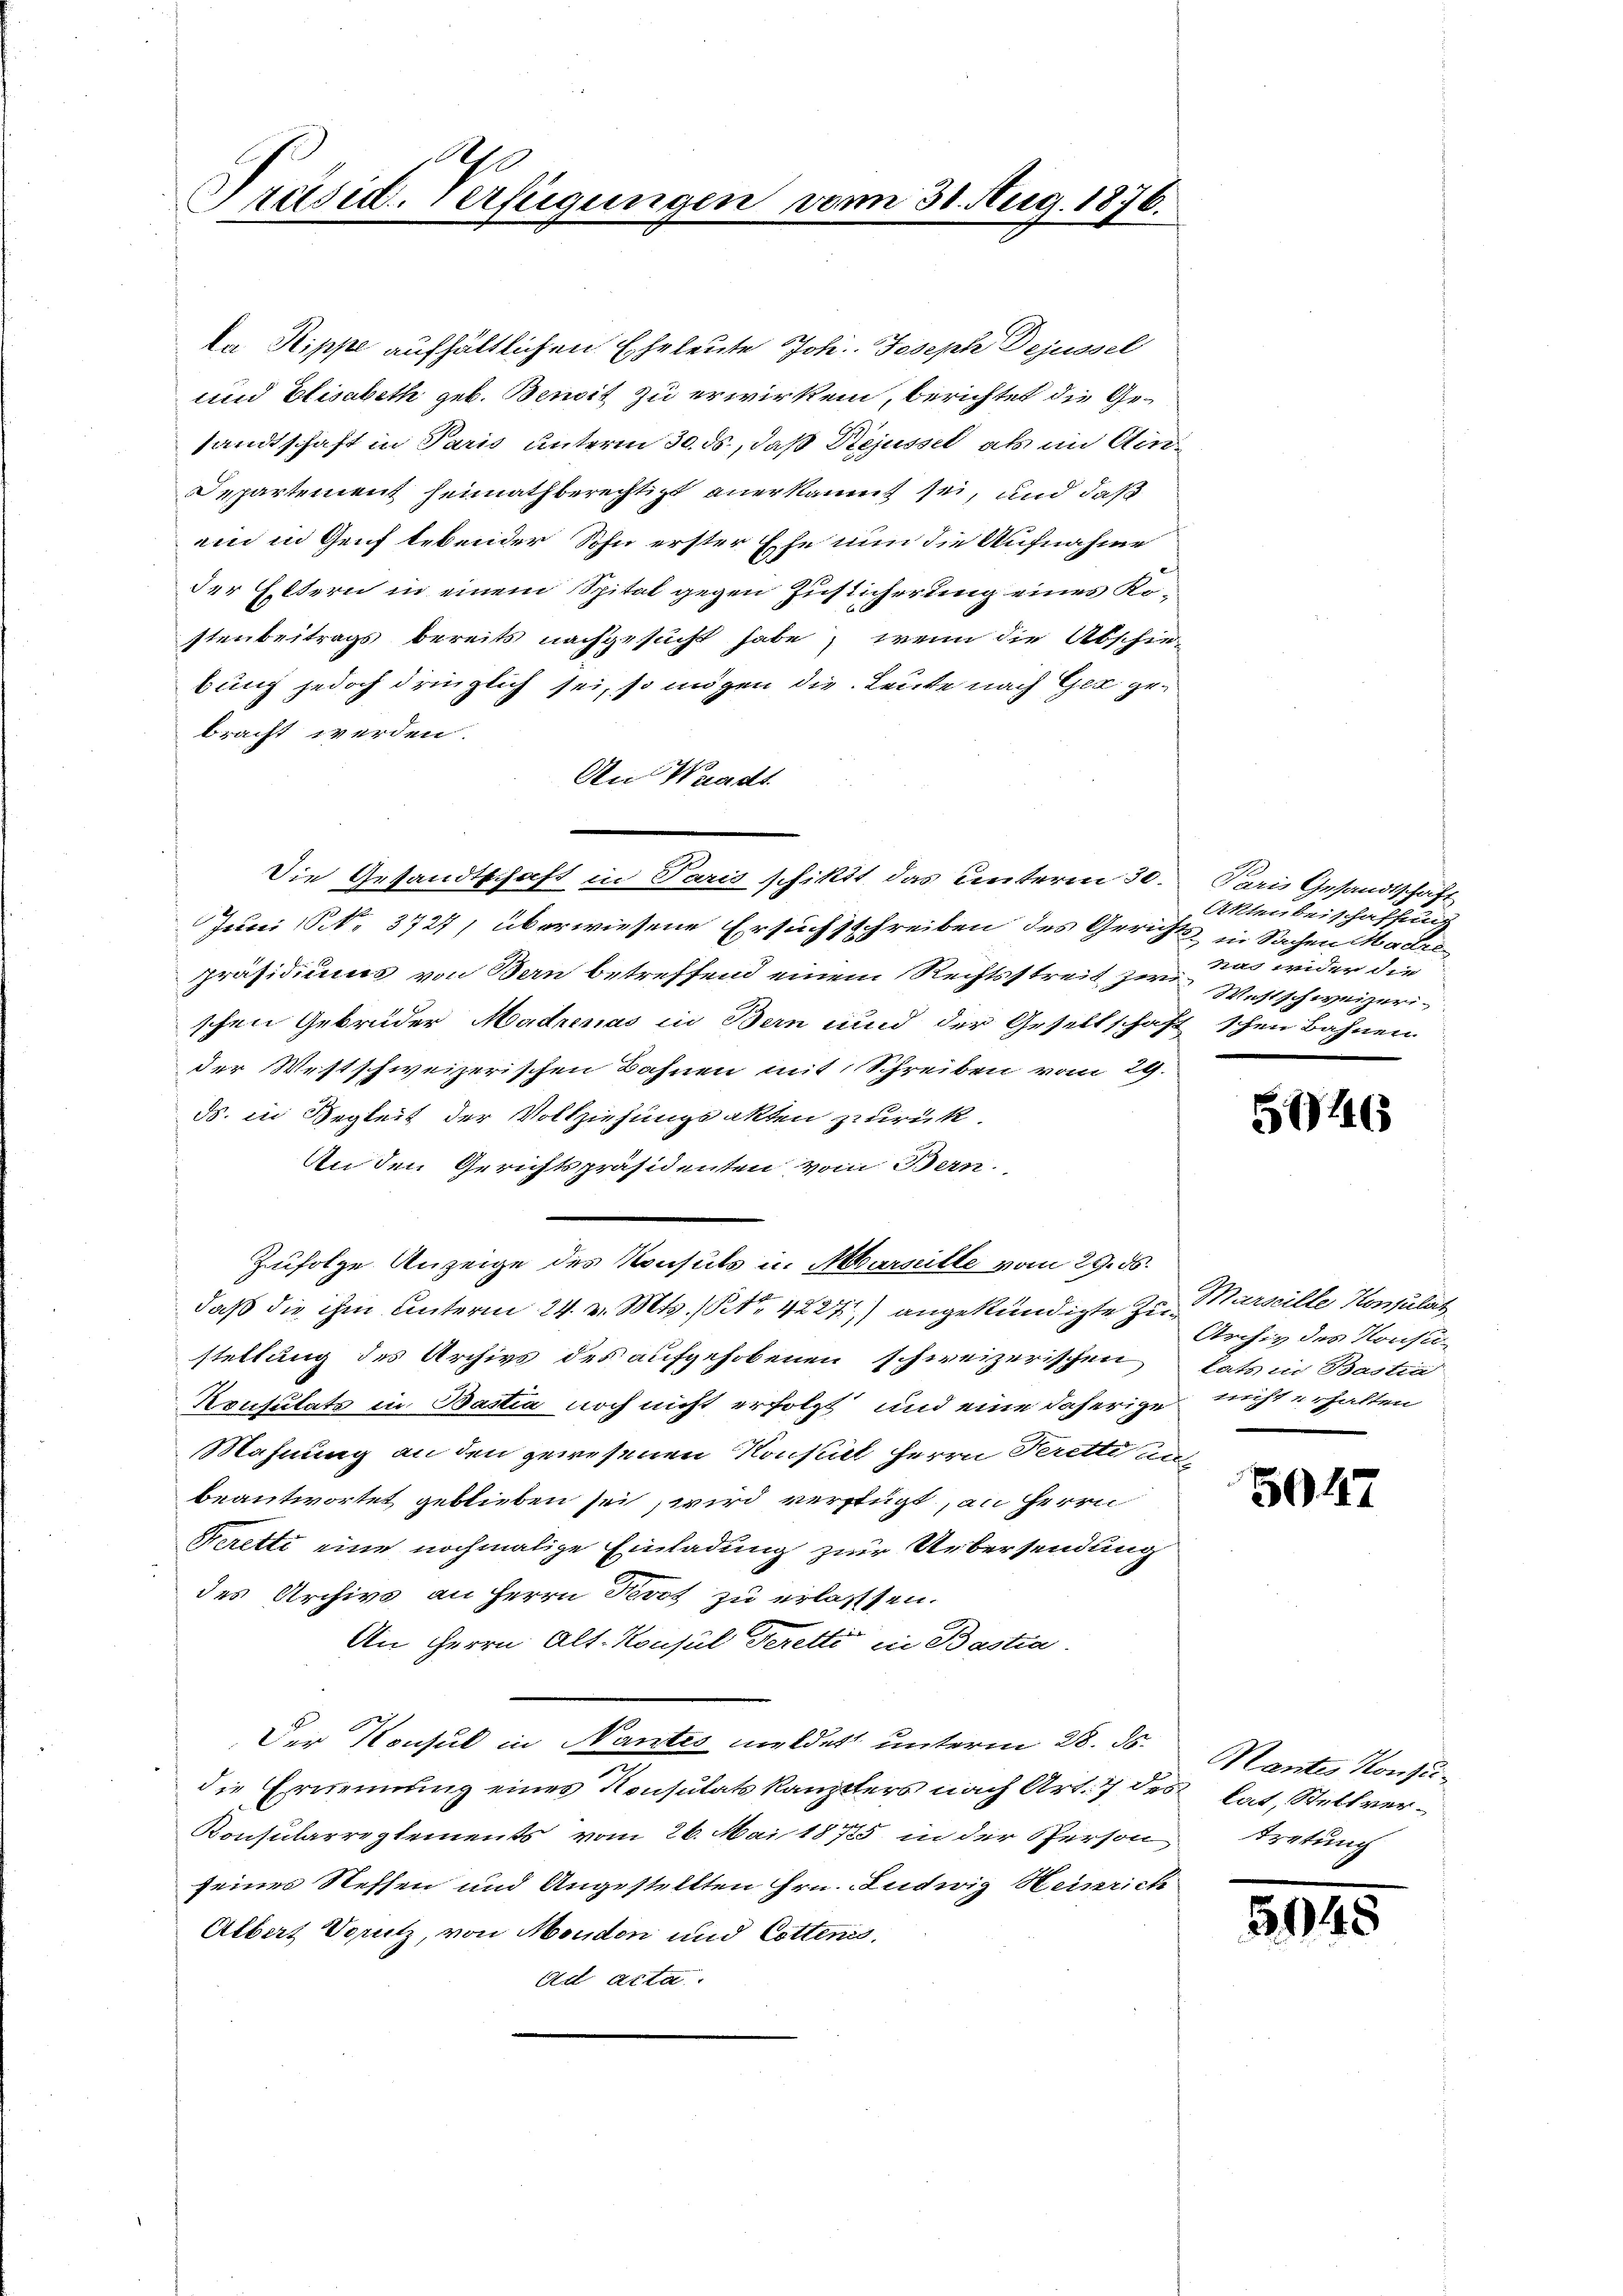
A
Präsid. Verfügungen vom 31. Aug. 1876.

ka Rippe aufhältlichen Eheleute Joh. Joseph Dejussel
und Elisabeth geb. Benoit zu erwirken, berichtet die Gesandtschaft in Paris unterm 30. ds, daß Stejussel als im An¬
Departement heimathberechtigt anerkannt sei, und daß
ain in Genf lebender Sohn erster Ehe nun die Aufnahme
der Eltern in einem Spital gegen Zusticherung einer Restenbeitrags bereits nachgesucht habe, wenn die Abschiebung jedoch dringlich sei, so mögen die Leute nach Ger gebracht werden.
An Waadt
Die Gesandtschaft in Paris schiktt das Unterm 30. Paris Gesandtschäft
Juni NNo. 3727) überwiesene Ersuchsschreiben des Gerichts in Sachen Madre
präsidiums von Bern betreffend einem Rechtsstreit zur das wider die
schen Gebrüder Madrenas in Bern und der Gesellschaft schen Bahnen
der Westschweizerischen Bahnen mit Schreiben vom 29.
ds. in Begleit der Vollziehungsakten zurück.
An den Gerichtspräsidenten vom Bern.
Zufolge Anzeige des Konsuls in Marseilte vom 29. ds.
daß die ihm unterm 24. v. Mts., Nr. 4227) angekündigte Zur Barseille Konsulat
stellung des Archivs des aufgehobenen schweizerischen tats in Bastia
Krusulats in Bastia noch nicht erfolgt und eine daherige nicht erhalten
Mahnung an den gewesenen Konsul Herrn Peretti auf
beantwortet geblieben sei, wird verfügt, an Herrn
Feretti eine nochmalige Einladung zur Uebersendung
des Archivs an Herrn Prot zu erlassen.
An Herrn Alt- Konsul derette in Bastia
Der Konsul in Nantes meldet unterm 28. 58.
e
die Ernennung eines Konsulatskanzlers nach Art. 7 des hat, Stellver¬
Konsularreglements vom 26. Mai 18725 in der Person treturch
seiner Steffen und Angestellten Hrn. Ludwig Heinrich
Albert Vorutz, von Moudon und Cottenes,
Ad Acta.

Akten beischaffen
Westschweizeri-

5746

Archiv des Konsu¬

5947

Nantes Konze

3945